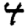
Digit: 4